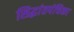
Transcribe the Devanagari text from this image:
सिद्धांतपंचिका